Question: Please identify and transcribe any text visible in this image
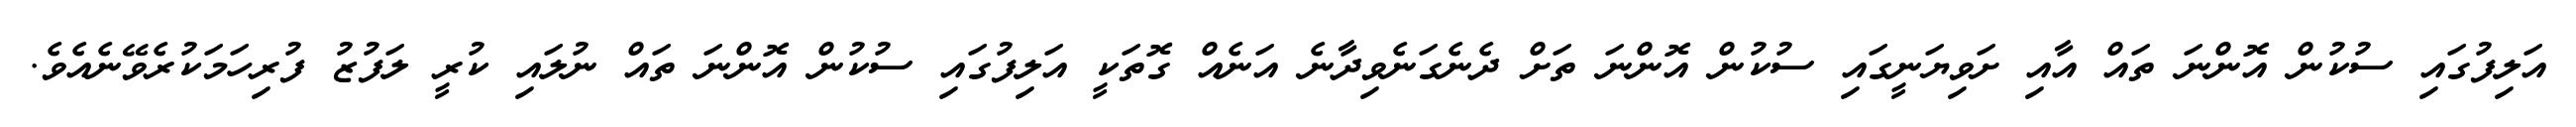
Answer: އަލިފުގައި ސުކުން އޮންނަ ތައް އާއި ށަވިޔަނީގައި ސުކުން އޮންނަ ތަށް ދެނެގަނެވިދާނެ އަނެއް ގޮތަކީ އަލިފުގައި ސުކުން އޮންނަ ތައް ނުލައި ކުރީ ލަފުޒު ފުރިހަމަކުރެވޭނެއެވެ.